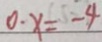
0 - x = - 4